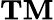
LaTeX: \mathbf{TM}